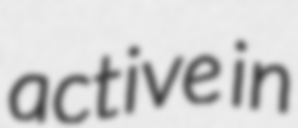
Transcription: active in